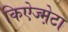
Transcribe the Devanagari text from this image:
किऐज्म़ेटा